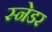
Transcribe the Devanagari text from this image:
स्नेडर